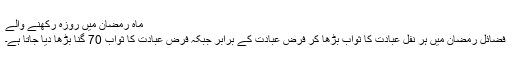
ماہ رمضان میں روزہ رکھنے والے
فضائل رمضان میں ہر نفل عبادت کا ثواب بڑھا کر فرض عبادت کے برابر جبکہ فرض عبادت کا ثواب 70 گنا بڑھا دیا جاتا ہے۔